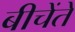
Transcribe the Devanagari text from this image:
बीचेंते